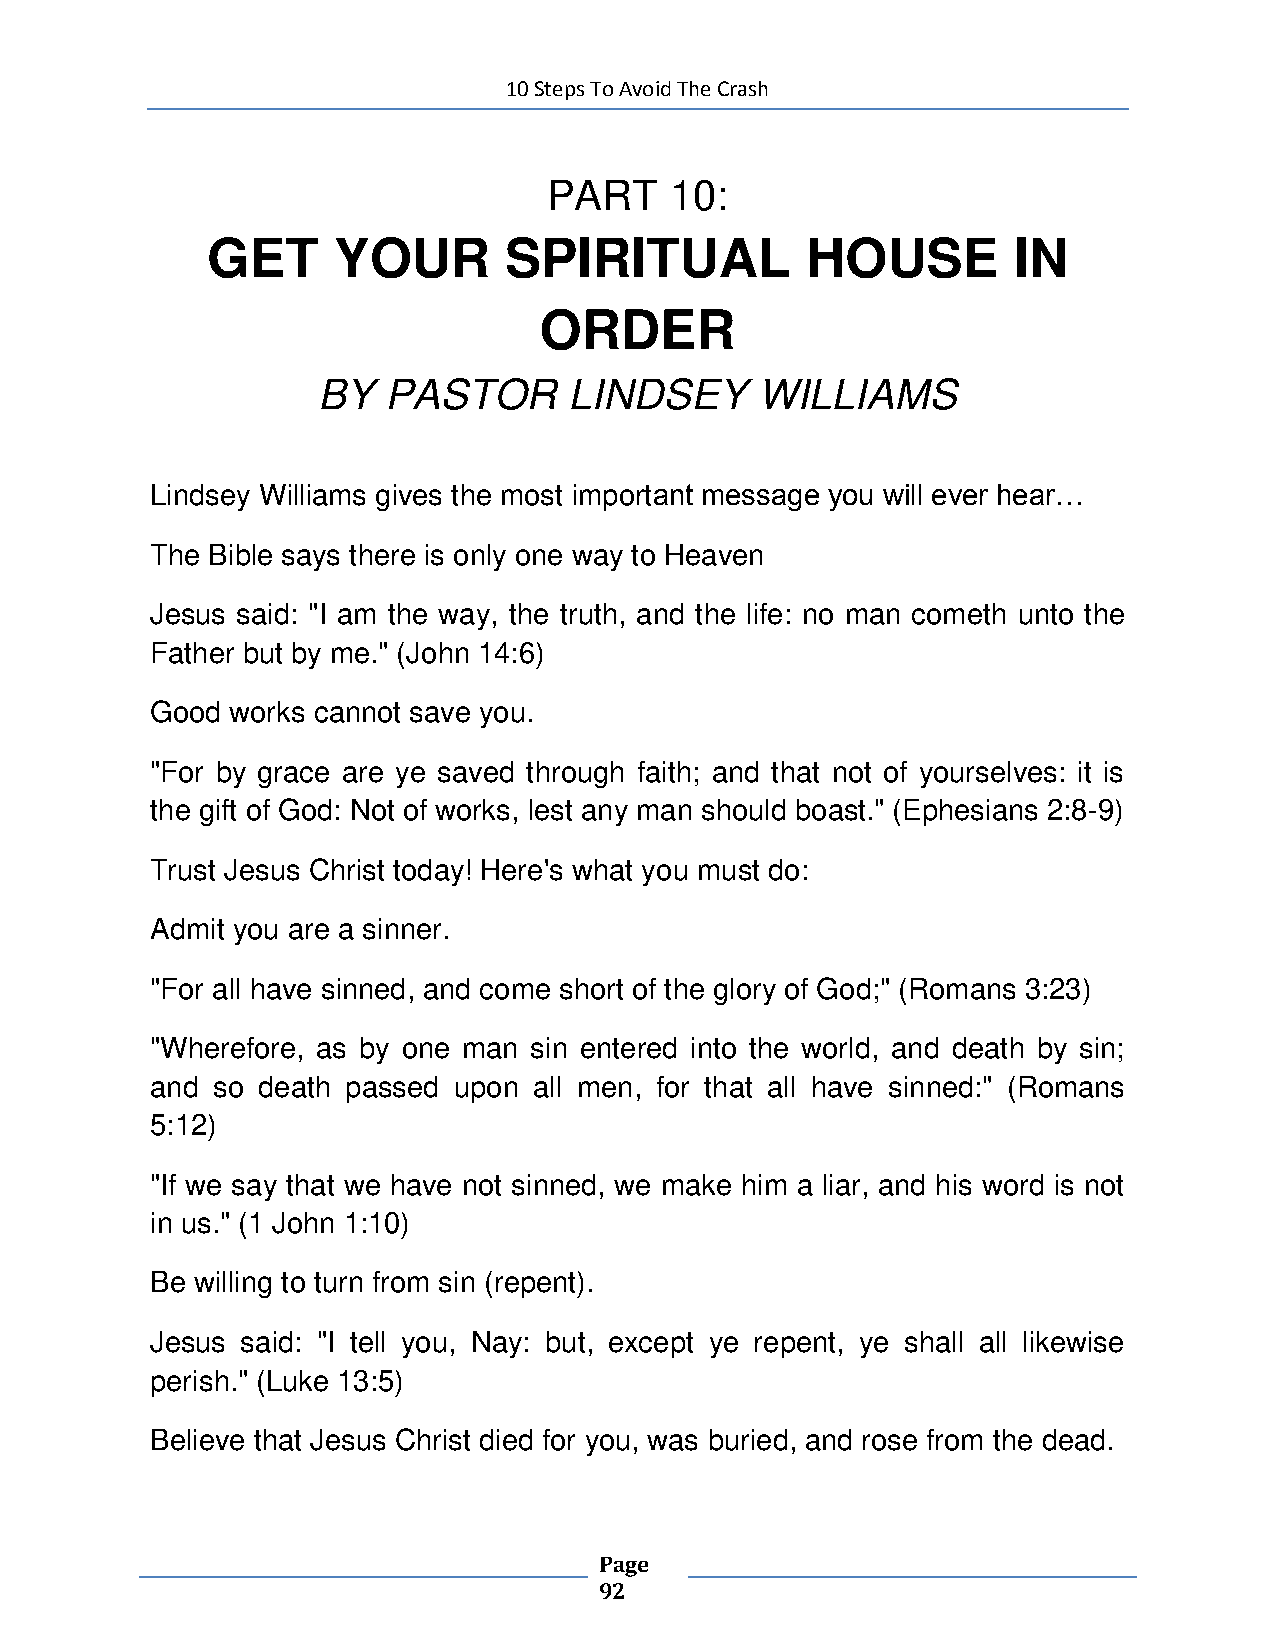
10 Steps To Avoid The Crash
 PART    10:
 GET     YOUR       SPIRITUAL           HOUSE         IN
 ORDER
 BY  PASTOR       LINDSEY     WILLIAMS
 Lindsey Williams gives the most important message you will ever hear…
 The Bible says there is only one way to Heaven
 Jesus said: "I am the way, the truth, and the life: no man cometh unto the
 Father but by me." (John 14:6)
 Good works cannot save you.
 "For by grace are ye saved through faith; and that not of yourselves: it is
 the gift of God: Not of works, lest any man should boast." (Ephesians 2:8-9)
 Trust Jesus Christ today! Here's what you must do:
 Admit you are a sinner.
 "For all have sinned, and come short of the glory of God;" (Romans 3:23)
 "Wherefore, as by one man sin entered into the world, and death by sin;
 and so death passed upon all men, for that all have sinned:" (Romans
 5:12)
 "If we say that we have not sinned, we make him a liar, and his word is not
 in us." (1 John 1:10)
 Be willing to turn from sin (repent).
 Jesus said: "I tell you, Nay: but, except ye repent, ye shall all likewise
 perish." (Luke 13:5)
 Believe that Jesus Christ died for you, was buried, and rose from the dead.
 Page
 92